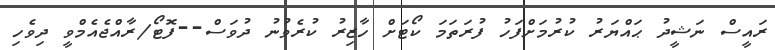
ރައީސް ނަޝީދު ޙައްޔަރު ކުރުމަށްފަހު ފުރަތަމަ ކޯޓަށް ހާޒިރު ކުރެވުނު ދުވަސް--ފޮޓޯ/ރާއްޖެއެމްވީ ދިވެހި